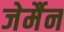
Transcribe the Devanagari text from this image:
जेर्मैन